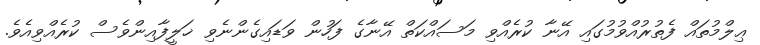
ޢިލްމުތައް ފެތުރުއްވުމުގައި އޭނާ ކުރެއްވި މަސައްކަތް އޭނާގެ ފަހުން ވަޑައިގެންނެވި ޚަލީފާއިންވެސް ކުރެއްވިއެވެ.